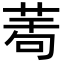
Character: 𦲆